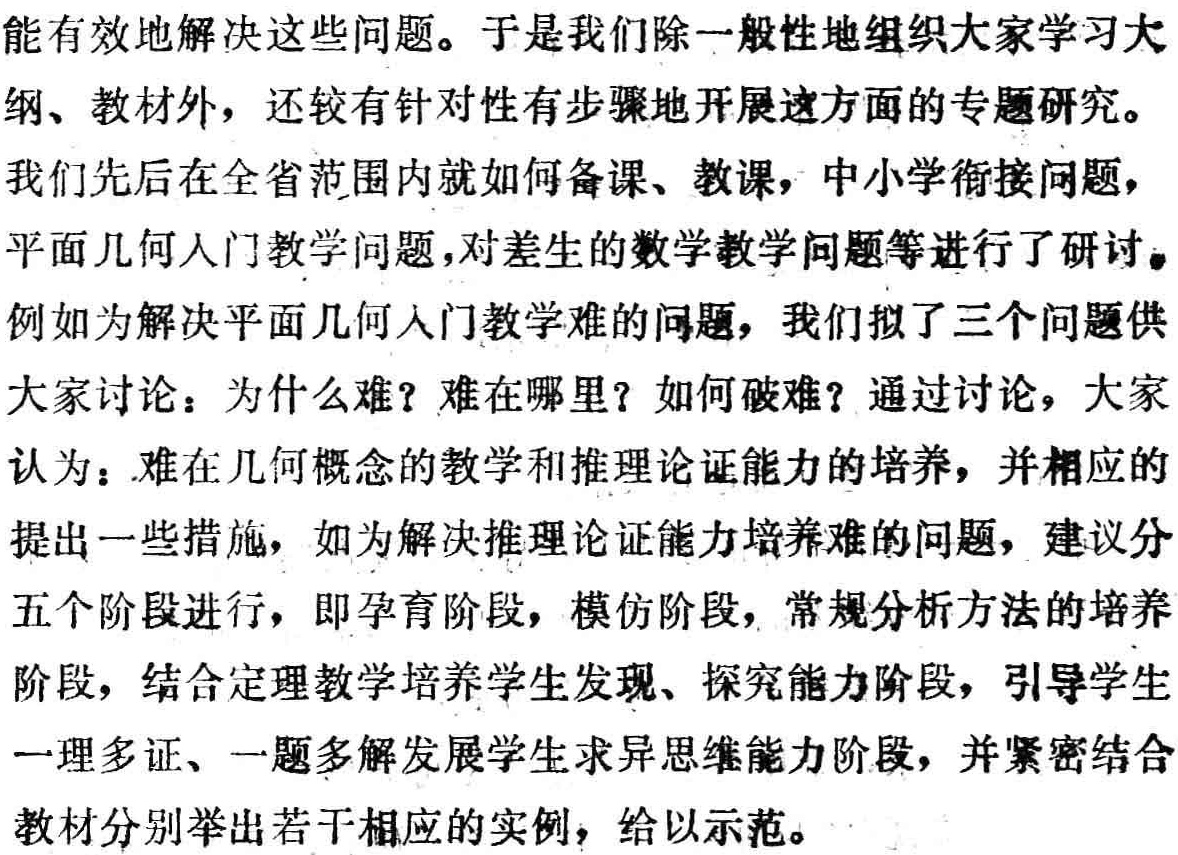
能有效地解决这些问题。于是我们除一般性地组织大家学习大纲、教材外，还较有针对性有步骤地开展这方面的专题研究。

我们先后在全省范围内就如何备课、教课，中小学衔接问题，平面几何入门教学问题，对差生的数学教学问题等进行了研讨。

例如为解决平面几何入门教学难的问题，我们拟了三个问题供大家讨论：为什么难？难在哪里？如何破难？通过讨论，大家认为：难在几何概念的教学和推理论证能力的培养，并相应的提出一些措施，如为解决推理论证能力培养难的问题，建议分五个阶段进行，即孕育阶段，模仿阶段，常规分析方法的培养阶段，结合定理教学培养学生发现、探究能力阶段，引导学生一理多证、一题多解发展学生求异思维能力阶段，并紧密结合教材分别举出若干相应的实例，给以示范。